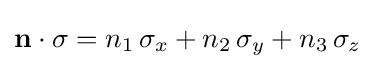
\mathbf {n} \cdot \mathbf {\sigma } =n_{1}\,\sigma _{x}+n_{2}\,\sigma _{y}+n_{3}\,\sigma _{z}